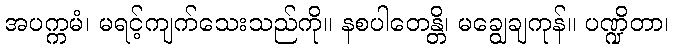
အပက္ကမံ၊ မရင့်ကျက်သေးသည်ကို။ နစပါတေန္တိ၊ မချွေချကုန်။ ပဏ္ဍိတာ၊